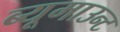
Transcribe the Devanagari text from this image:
ब्यूमाउन्ट